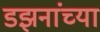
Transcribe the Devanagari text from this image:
डझनांच्या